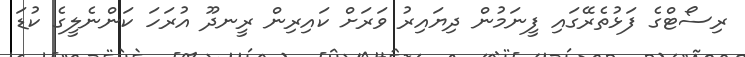
ރިސޯޓްގެ ފަޅުތެރޭގައި ފީނަމުން ދިޔައިރު ވަރަށް ކައިރިން ރީނދޫ އުރަހަ ކަންނެލީގެ ކުޑަ